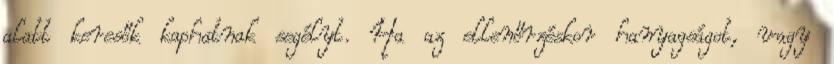
alatt keresők kaphatnak segélyt. Ha az ellenőrzéskor hanyagságot, vagy